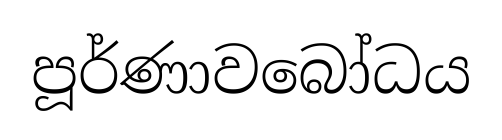
පූර්ණාවබෝධය